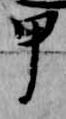
甲